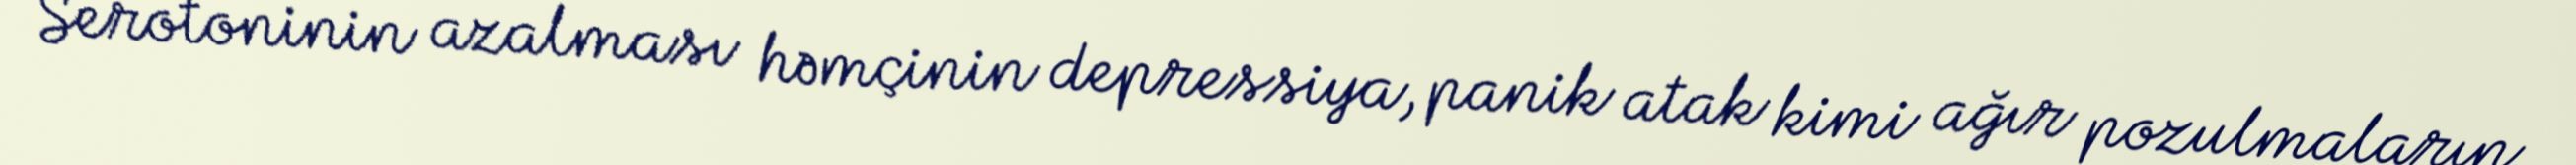
Serotoninin azalması həmçinin depressiya, panik atak kimi ağır pozulmaların